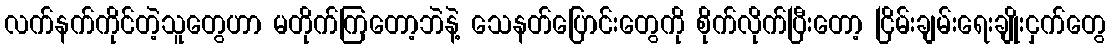
လက်နက်ကိုင်တဲ့သူတွေဟာ မတိုက်ကြတော့ဘဲနဲ့ သေနတ်ပြောင်းတွေကို စိုက်လိုက်ပြီးတော့ ငြိမ်းချမ်းရေးချိုးငှက်တွေ